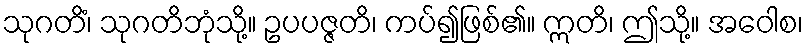
သုဂတိံ၊ သုဂတိဘုံသို့။ ဥပပဇ္ဇတိ၊ ကပ်၍ဖြစ်၏။ ဣတိ၊ ဤသို့။ အဝေါစ၊